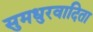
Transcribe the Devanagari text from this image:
सुमधुरवादिता